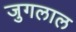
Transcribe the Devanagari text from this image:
जुगलाल